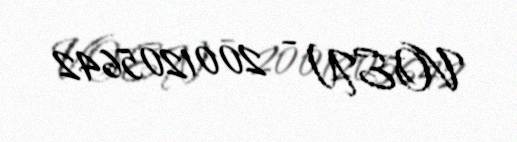
VOEN - 2001205642